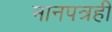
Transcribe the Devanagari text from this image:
मानपत्रही